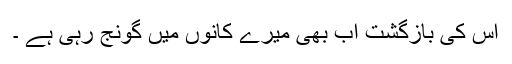
اس کی بازگشت اب بھی میرے کانوں میں گونج رہی ہے ۔